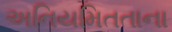
અનિયમિતતાના